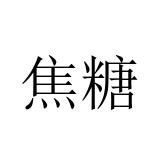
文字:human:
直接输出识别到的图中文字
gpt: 焦糖